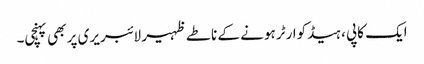
ایک کاپی ، ہیڈکوارٹر ہونے کے ناطے ظہیر لائبریری پر بھی پہنچی۔